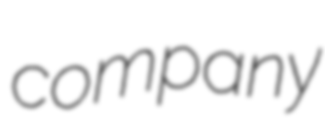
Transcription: company